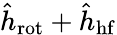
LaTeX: \hat{h}_{\mathrm{rot}}+\hat{h}_{\mathrm{hf}}